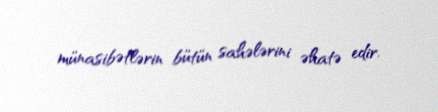
münasibətlərin bütün sahələrini əhatə edir.